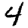
Digit: 4